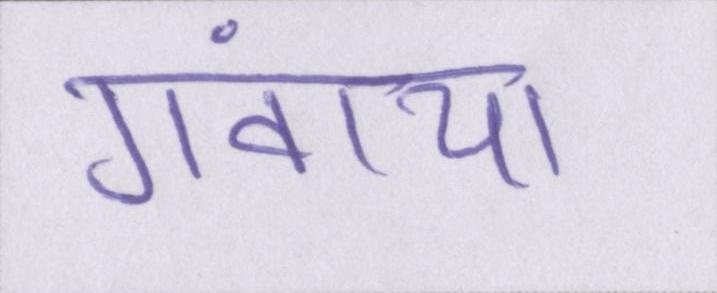
गंवाया